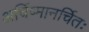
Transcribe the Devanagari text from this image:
अर्चिष्मानर्चितः